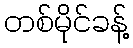
တစ်မိုင်ခန့်